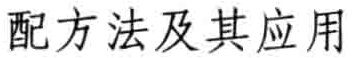
配方法及其应用